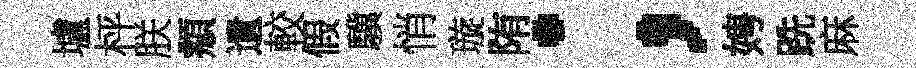
壚枰朕頫遺較假驥悄璇陏；娉跣麻